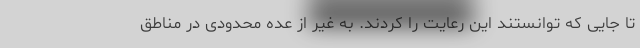
تا جایی که توانستند این رعایت را کردند. به غیر از عده محدودی در مناطق